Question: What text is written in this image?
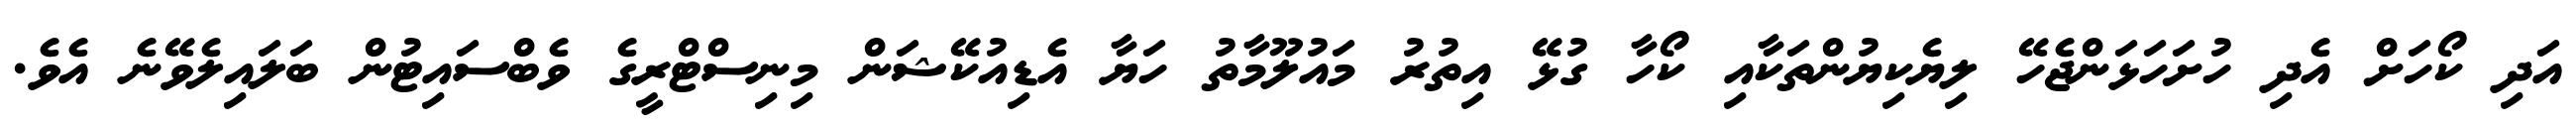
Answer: އަދި ކޯހަށް އެދި ހުށަހަޅަންޖެހޭ ލިޔެކިޔުންތަކާއި ކޯހާ ގުޅޭ އިތުރު މައުލޫމާތު ހަޔާ އެޑިއުކޭޝަން މިނިސްޓްރީގެ ވެބްސައިޓުން ބަލައިލެވޭނެ އެވެ.